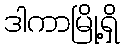
ဒါကာမြို့ရှိ